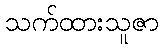
သက်ထားသူဇာ